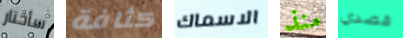
سأختار كثافة الاسماك منذ قصدي